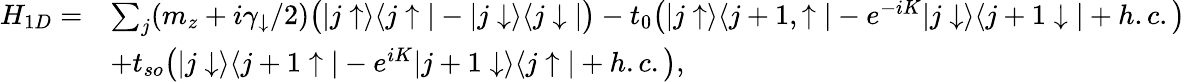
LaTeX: \begin{array}{rl}{H_{1D}=}&{\sum_{j}(m_{z}+i\gamma_{\downarrow}/2)\bigr(|j\uparrow\rangle\langle j\uparrow|-|j\downarrow\rangle\langle j\downarrow|\bigr)-t_{0}\bigr(|j\uparrow\rangle\langle j+1,\uparrow|-e^{-iK}|j\downarrow\rangle\langle j+1\downarrow|+h.c.\bigr)}\\ &{+t_{so}\bigr(|j\downarrow\rangle\langle j+1\uparrow|-e^{iK}|j+1\downarrow\rangle\langle j\uparrow|+h.c.\bigr),}\end{array}